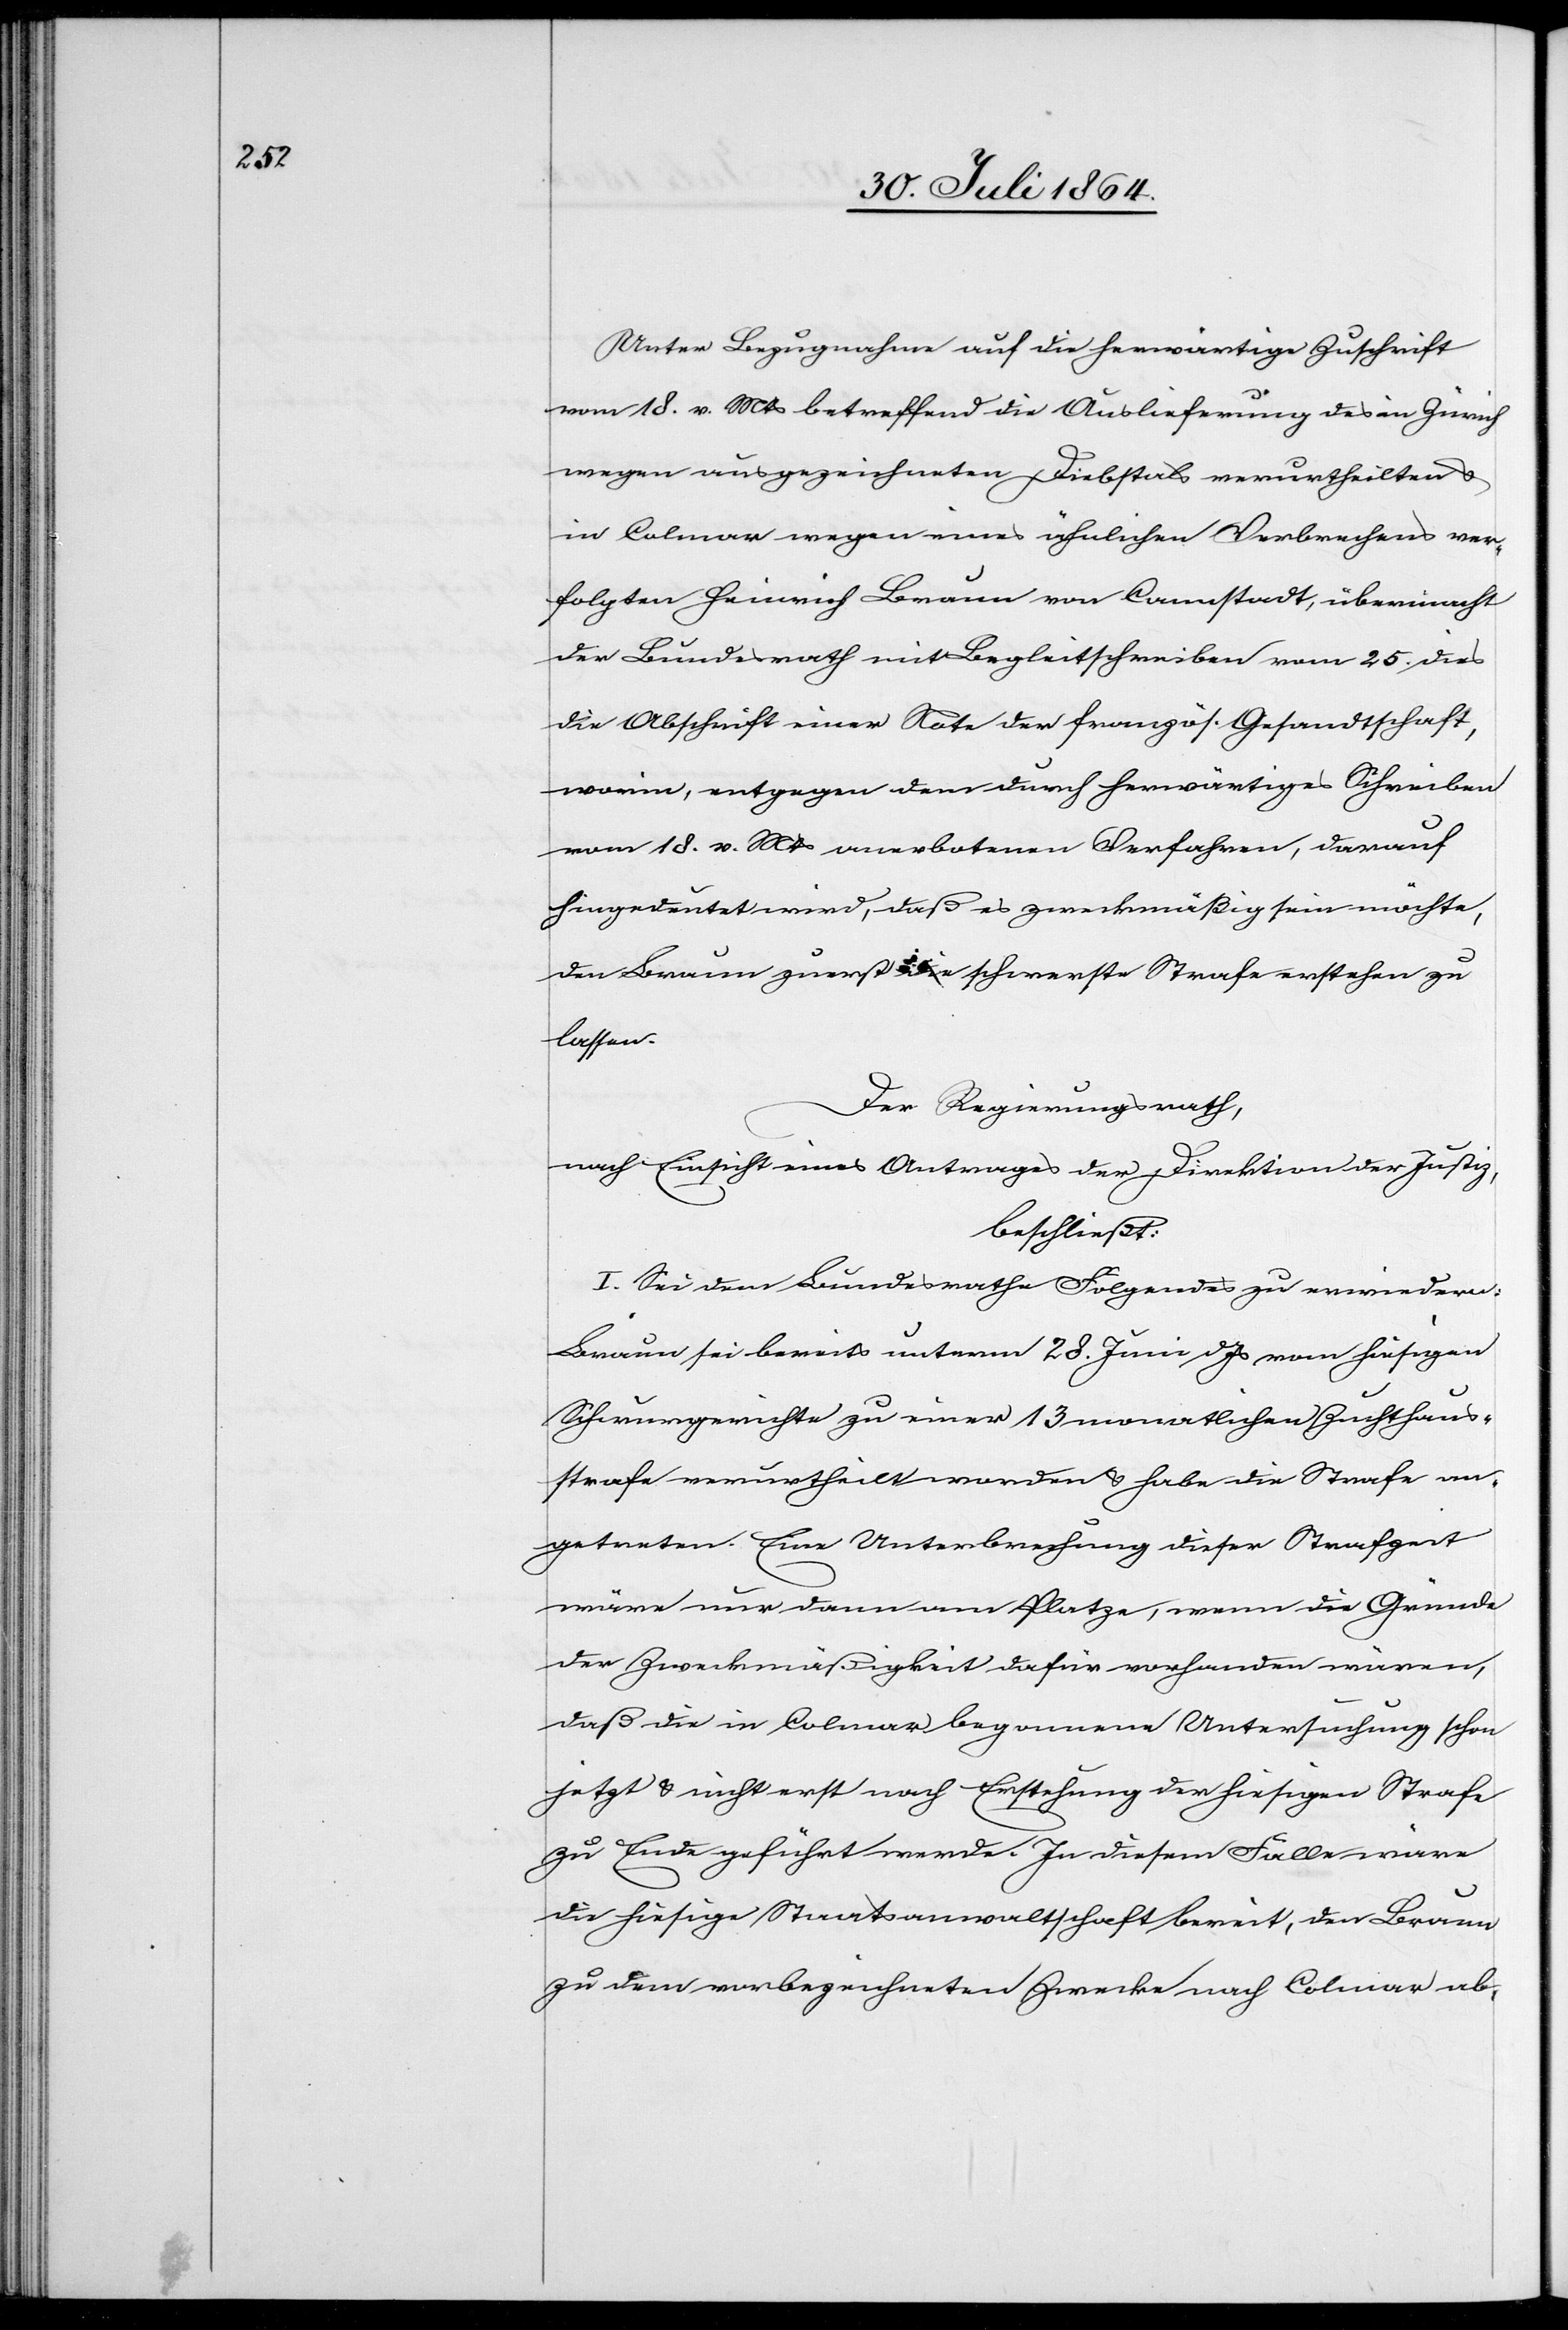
Unter Bezugnahme auf die herwärtige Zuschrift
vom 18. v. Mts. betreffend die Auslieferung des in Zürich
wegen ausgezeichneten Diebstahls verurtheilten &
in Colmar wegen eines ähnlichen Verbrechens ver¬
folgten Heinrich Braun von Cannstadt, übermacht
der Bundesrath mit Begleitschreiben vom 25. dies
die Abschrift einer Note der französ. Gesandtschaft,
worin, entgegen dem durch herwärtiges Schreiben
vom 18. v. Mts. anerbotenen Verfahren, darauf
hingedeutet wird, daß es zweckmäßig sein möchte,
den Braun zuerst die schwerste Strafe erstehen zu
lassen.
Der Regierungsrath,
nach Einsicht eines Antrages der Direktion der Justiz,
beschließt:
I. Sei dem Bundesrathe Folgendes zu erwiedern:
Braun sei bereits unterm 28. Juni d. Js. vom hiesigen
Schwurgerichte zu einer 13monatlichen Zuchthaus¬
strafe verurtheilt worden & habe die Strafe an¬
getreten. Eine Unterbrechung dieser Strafzeit
wäre nur dann am Platze, wenn die Gründe
der Zweckmäßigkeit dafür vorhanden wären,
daß die in Colmar begonnene Untersuchung schon
jetzt & nicht erst nach Erstehung der hiesigen Strafe
zu Ende geführt werde. In diesem Falle wäre
die hiesige Staatsanwaltschaft bereit, den Braun
zu dem vorbezeichneten Zwecke nach Colmar ab-